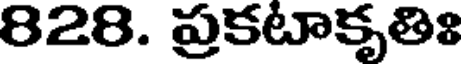
828. ప్రకటాకృతిః